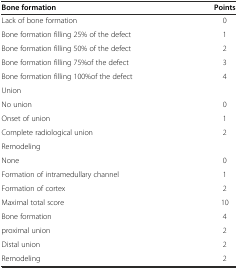
| Bone formation | Points |
 | --- | --- |
 | Lack of bone formation | 0 |
 | Bone formation filling 25% of the defect | 1 |
 | Bone formation filling 50% of the defect | 2 |
 | Bone formation filling 75%of the defect | 3 |
 | Bone formation filling 100%of the defect | 4 |
 | Union |  |
 | No union | 0 |
 | Onset of union | 1 |
 | Complete radiological union | 2 |
 | Remodeling |  |
 | None | 0 |
 | Formation of intramedullary channel | 1 |
 | Formation of cortex | 2 |
 | Maximal total score | 10 |
 | Bone formation | 4 |
 | proximal union | 2 |
 | Distal union | 2 |
 | Remodeling | 2 |